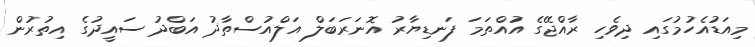
މިއަޑުއެހުމުގައި ދިވެހި ރާއްޖޭގެ އަުއްތަމަ ފަނޑިޔާރު އޮނަރަބަލް އަލްއުސްތާޛު އަބްދު ސައީދުގެ އިތުރުން